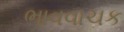
ભાવવાચક